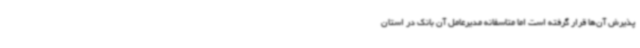
پذیرش آن‌ها قرار گرفته است اما متاسفانه مدیرعامل آن بانک در استان